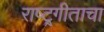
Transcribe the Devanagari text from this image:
राष्ट्र्गीताचा